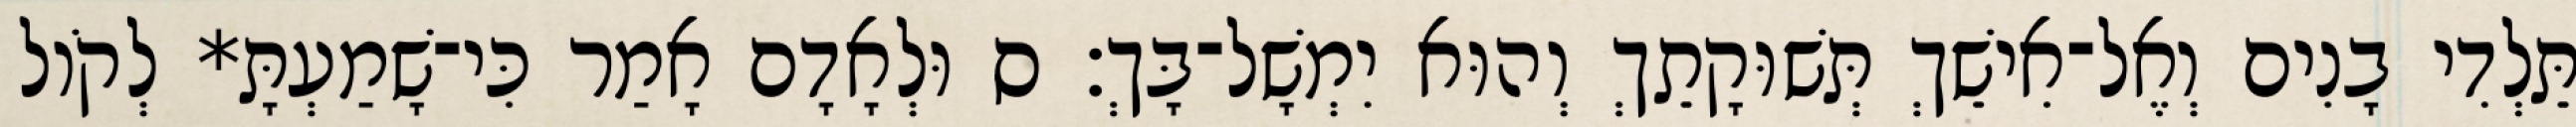
תֵּלְדִי בָנִים וְאֶל־אִישֵׁךְ תְּשׁוּקָתֵךְ וְהוּא יִמְשָׁל־בָּךְ׃ ס וּלְאָדָם אָמַר כִּי־שָׁמַעְתָּ* לְקֹול